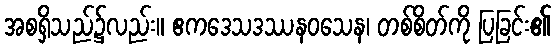
အစရှိသည်၌လည်း။ ဧကဒေသဒဿနဝသေန၊ တစ်စိတ်ကို ပြခြင်း၏